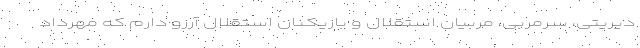
دیریتی، سرمربی، مربیان استقلال و بازیکنان استقلال آرزو دارم که مهرداد